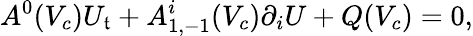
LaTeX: A^{0}(V_{c})U_{\mathfrak{t}}+A_{1,-1}^{i}(V_{c})\partial_{i}U+Q(V_{c})=0,